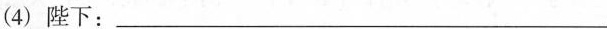
(4)陛下：_____